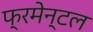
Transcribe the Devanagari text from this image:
फ्रमेन्टल